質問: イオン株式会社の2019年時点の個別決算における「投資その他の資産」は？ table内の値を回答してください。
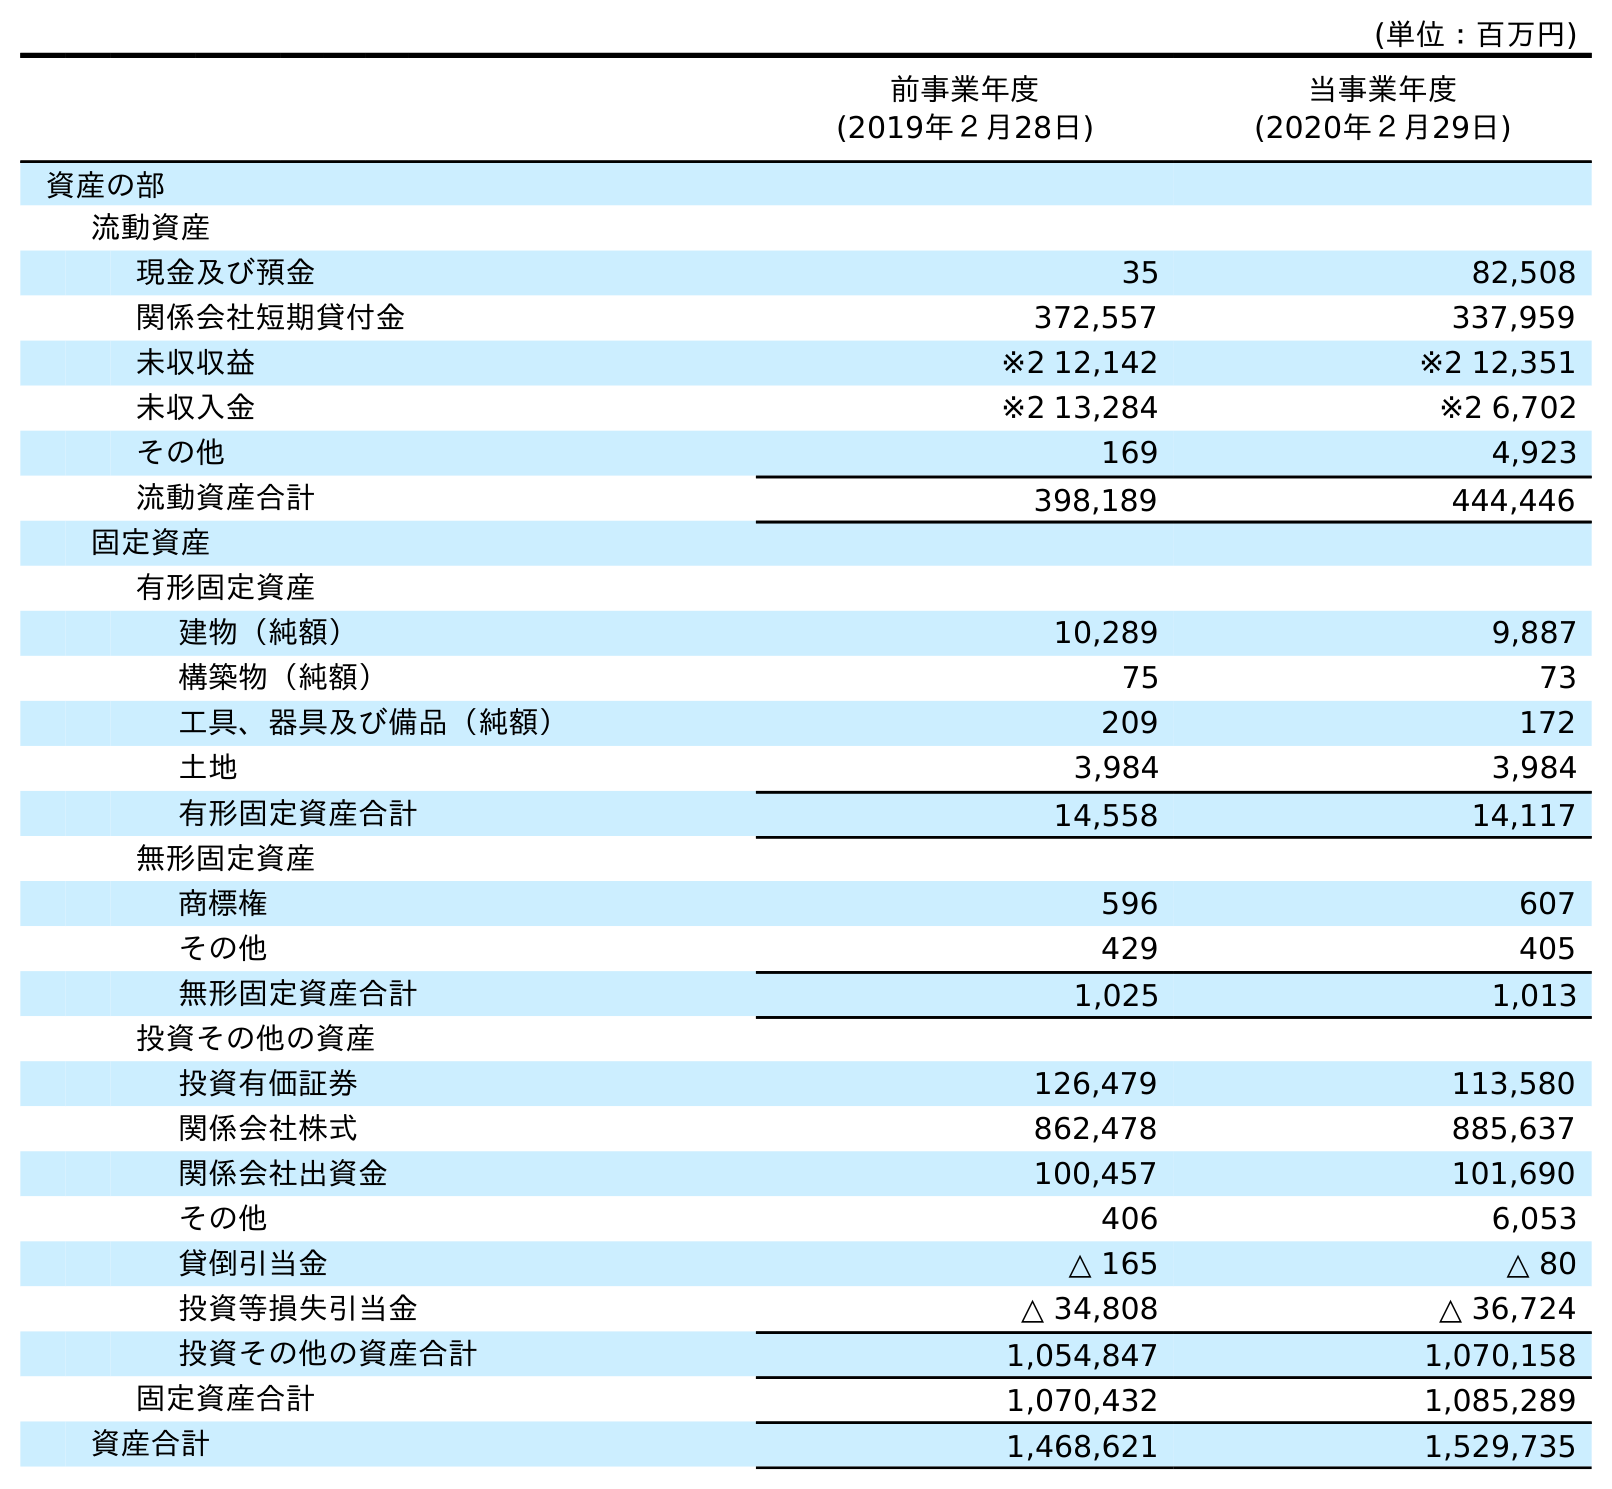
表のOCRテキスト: (単位：百万円) 前事業年度 (2019年２月28日) 当事業年度 (2020年２月29日) 資産の部 流動資産 現金及び預金 35 82,508 関係会社短期貸付金 372,557 337,959 未収収益 ※2 12,142 ※2 12,351 未収入金 ※2 13,284 ※2 6,702 その他 169 4,923 流動資産合計 398,189 444,446 固定資産 有形固定資産 建物（純額） 10,289 9,887 構築物（純額） 75 73 工具、器具及び備品（純額） 209 172 土地 3,984 3,984 有形固定資産合計 14,558 14,117 無形固定資産 商標権 596 607 その他 429 405 無形固定資産合計 1,025 1,013 投資その他の資産 投資有価証券 126,479 113,580 関係会社株式 862,478 885,637 関係会社出資金 100,457 101,690 その他 406 6,053 貸倒引当金 △ 165 △ 80 投資等損失引当金 △ 34,808 △ 36,724 投資その他の資産合計 1,054,847 1,070,158 固定資産合計 1,070,432 1,085,289 資産合計 1,468,621 1,529,735
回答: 1,054,847